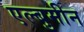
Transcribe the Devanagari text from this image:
एल्बुमीन